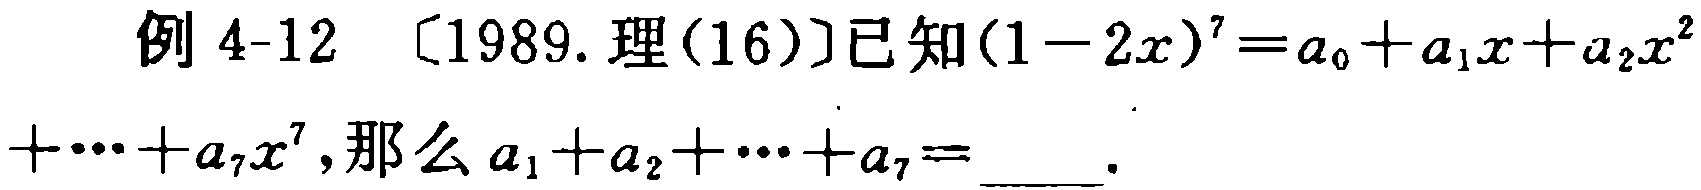
例 4-12 〔1989. 理(16)〕已知\((1 - 2x)^{7}=a_{0}+a_{1}x + a_{2}x^{2}+\cdots + a_{7}x^{7}\)，那么\(a_{1}+a_{2}+\cdots + a_{7}=\)____.